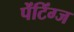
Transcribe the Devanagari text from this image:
पेंटिंग्ज